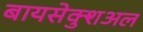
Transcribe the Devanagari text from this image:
बायसेक्शुअल